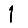
Digit: 1